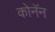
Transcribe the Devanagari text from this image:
कोनॅन